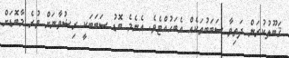
ޤަބޫލުކުރަން ދަތިވާ ސަބަބުތަކެއް އެބަހުއްޓެވެ. އެނެމެ ބޮޑު ސަބަބަކީ ރިޟުވާނަށް ވުރެ މާބޮޑަށް